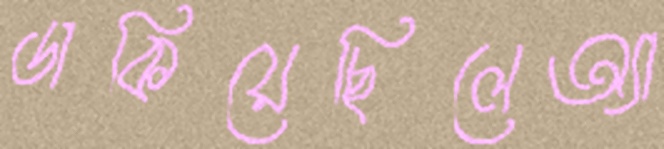
ডাকিয়েছিলেঅ্যা